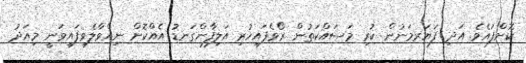
ކޮށްފައެވެ. އަދި ފަޔަރމަނުން ކުރި މަސައްކަތުން ރޯވެފައިހުރި އަލިފާންގަނޑު އެއްކޮށް ނިއްވާލެވިފައިވަނީ މިއަދު